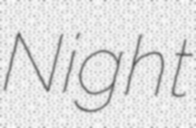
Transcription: Night